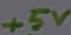
Text: +5V